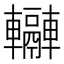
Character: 𨏬